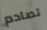
تصادم